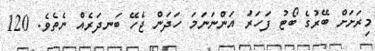
މިރަށަށް ބޭރުގެ ބޯޓު ފަހަރަު އަންނަނަމަ ހަދަން ޖެހޭ ބަނދަރެއް ނެތެވެ. 120